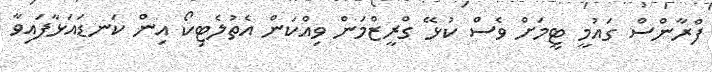
ފްރާންސް ގައުމީ ޓީމަށް ވެސް ކުޅޭ ގްރީޒްމަން ވިއްކަން އެތުލެޓިކޯ އިން ކަނޑައަޅާފައިވާ